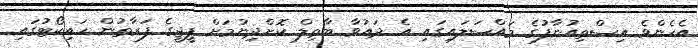
އެހެންވެ އިސްތިއުނާފުގެ މައްސަލައިގައި އެ ދައުވާ ބާތިލް ކޮށްދިނުމަށް ޕީޖީގެ ފަރާތުން ހައިކޯޓުގައި